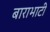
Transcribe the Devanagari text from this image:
बाराभाटी